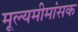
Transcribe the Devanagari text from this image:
मूल्यमीमांसक